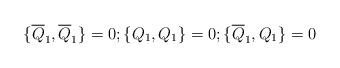
LaTeX: \begin{align*}\{\overline{Q}_1,\overline{Q}_1\}=0; \{Q_1,Q_1\}=0; \{\overline{Q}_1, Q_1\}=0 \end{align*}